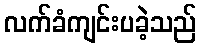
လက်ခံကျင်းပခဲ့သည်